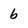
Character: 6